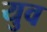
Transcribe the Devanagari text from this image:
युव